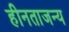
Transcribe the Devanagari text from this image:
हीनताजन्य